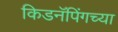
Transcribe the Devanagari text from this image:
किडनॅपिंगच्या